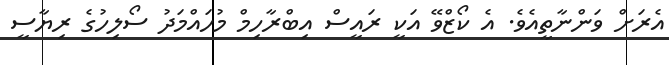
އެރަށް ވަންނާތީއެވެ. އެ ކޯޒްވޭ އަކީ ރައީސް އިބްރާހިމް މުހައްމަދު ސޯލިހުގެ ރިޔާސީ